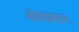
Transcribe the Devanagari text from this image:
बोधप्रधान